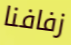
زفافنا